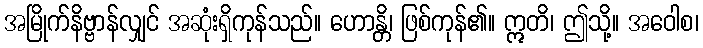
အမြိုက်နိဗ္ဗာန်လျှင် အဆုံးရှိကုန်သည်။ ဟောန္တိ၊ ဖြစ်ကုန်၏။ ဣတိ၊ ဤသို့။ အဝေါစ၊